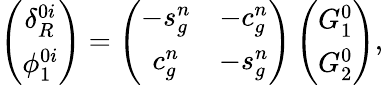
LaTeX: \left(\begin{array}{c}{{\delta_{R}^{0i}}}\\ {{\phi_{1}^{0i}}}\end{array}\right)=\left(\begin{array}{cc}{{-s_{g}^{n}}}&{{-c_{g}^{n}}}\\ {{c_{g}^{n}}}&{{-s_{g}^{n}}}\end{array}\right)\left(\begin{array}{c}{{G_{1}^{0}}}\\ {{G_{2}^{0}}}\end{array}\right),